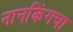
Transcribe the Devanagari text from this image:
नानकिंगचा